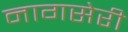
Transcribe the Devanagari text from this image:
नागसेरी